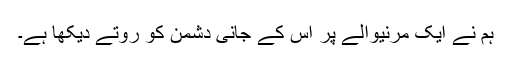
ہم نے ایک مرنیوالے پر اُس کے جانی دشمن کو روتے دیکھا ہے۔